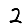
Digit: 2